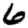
Digit: 6